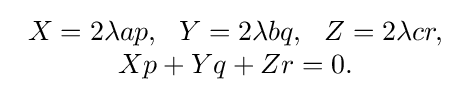
{\begin{array}{c}X=2\lambda ap,\ \ Y=2\lambda bq,\ \ Z=2\lambda cr,\\Xp+Yq+Zr=0.\end{array}}